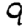
Digit: 9